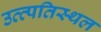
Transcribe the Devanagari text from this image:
उत्त्पतिस्थल